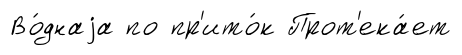
Во́днаjа по пр'ито́к Прот'ека́ет